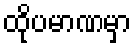
ထိုပမာဏမှာ